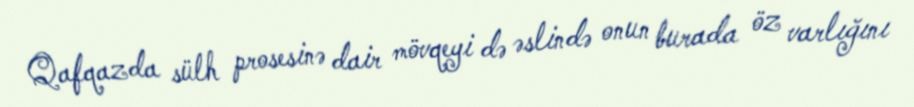
Qafqazda sülh prosesinə dair mövqeyi də əslində onun burada öz varlığını